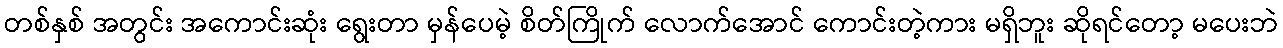
တစ်နှစ် အတွင်း အကောင်းဆုံး ရွေးတာ မှန်ပေမဲ့ စိတ်ကြိုက် လောက်အောင် ကောင်းတဲ့ကား မရှိဘူး ဆိုရင်တော့ မပေးဘဲ